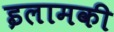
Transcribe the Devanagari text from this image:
इलामकी